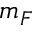
m _ { F }